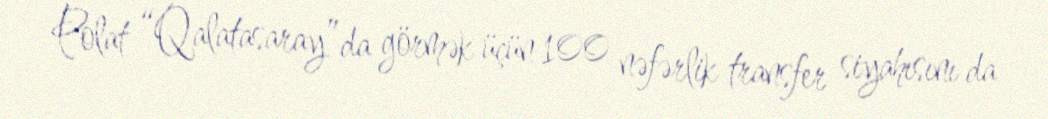
Polat “Qalatasaray”da görmək üçün 100 nəfərlik transfer siyahısını da